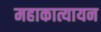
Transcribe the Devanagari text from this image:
महाकात्यायन